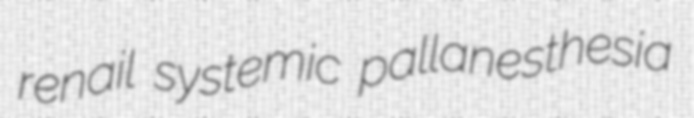
renail systemic pallanesthesia